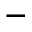
^ { - }